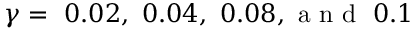
\gamma = ~ 0 . 0 2 , ~ 0 . 0 4 , ~ 0 . 0 8 , \mathrm { ~ a ~ n ~ d ~ } ~ 0 . 1